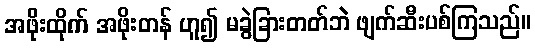
အဖိုးထိုက် အဖိုးတန် ဟူ၍ မခွဲခြားတတ်ဘဲ ဖျက်ဆီးပစ်ကြသည်။